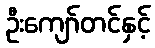
ဦးကျော်တင်နှင့်